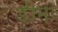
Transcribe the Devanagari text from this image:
डीमा